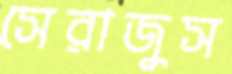
সেরাজুস